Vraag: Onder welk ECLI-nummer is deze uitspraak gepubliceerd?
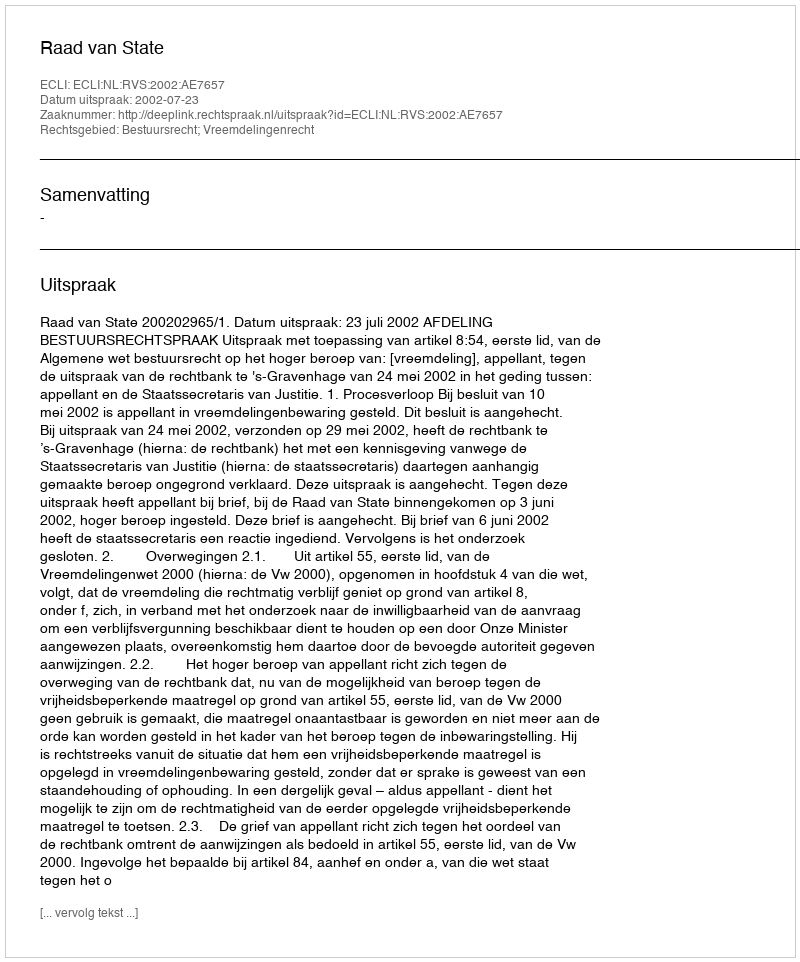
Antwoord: ECLI:NL:RVS:2002:AE7657